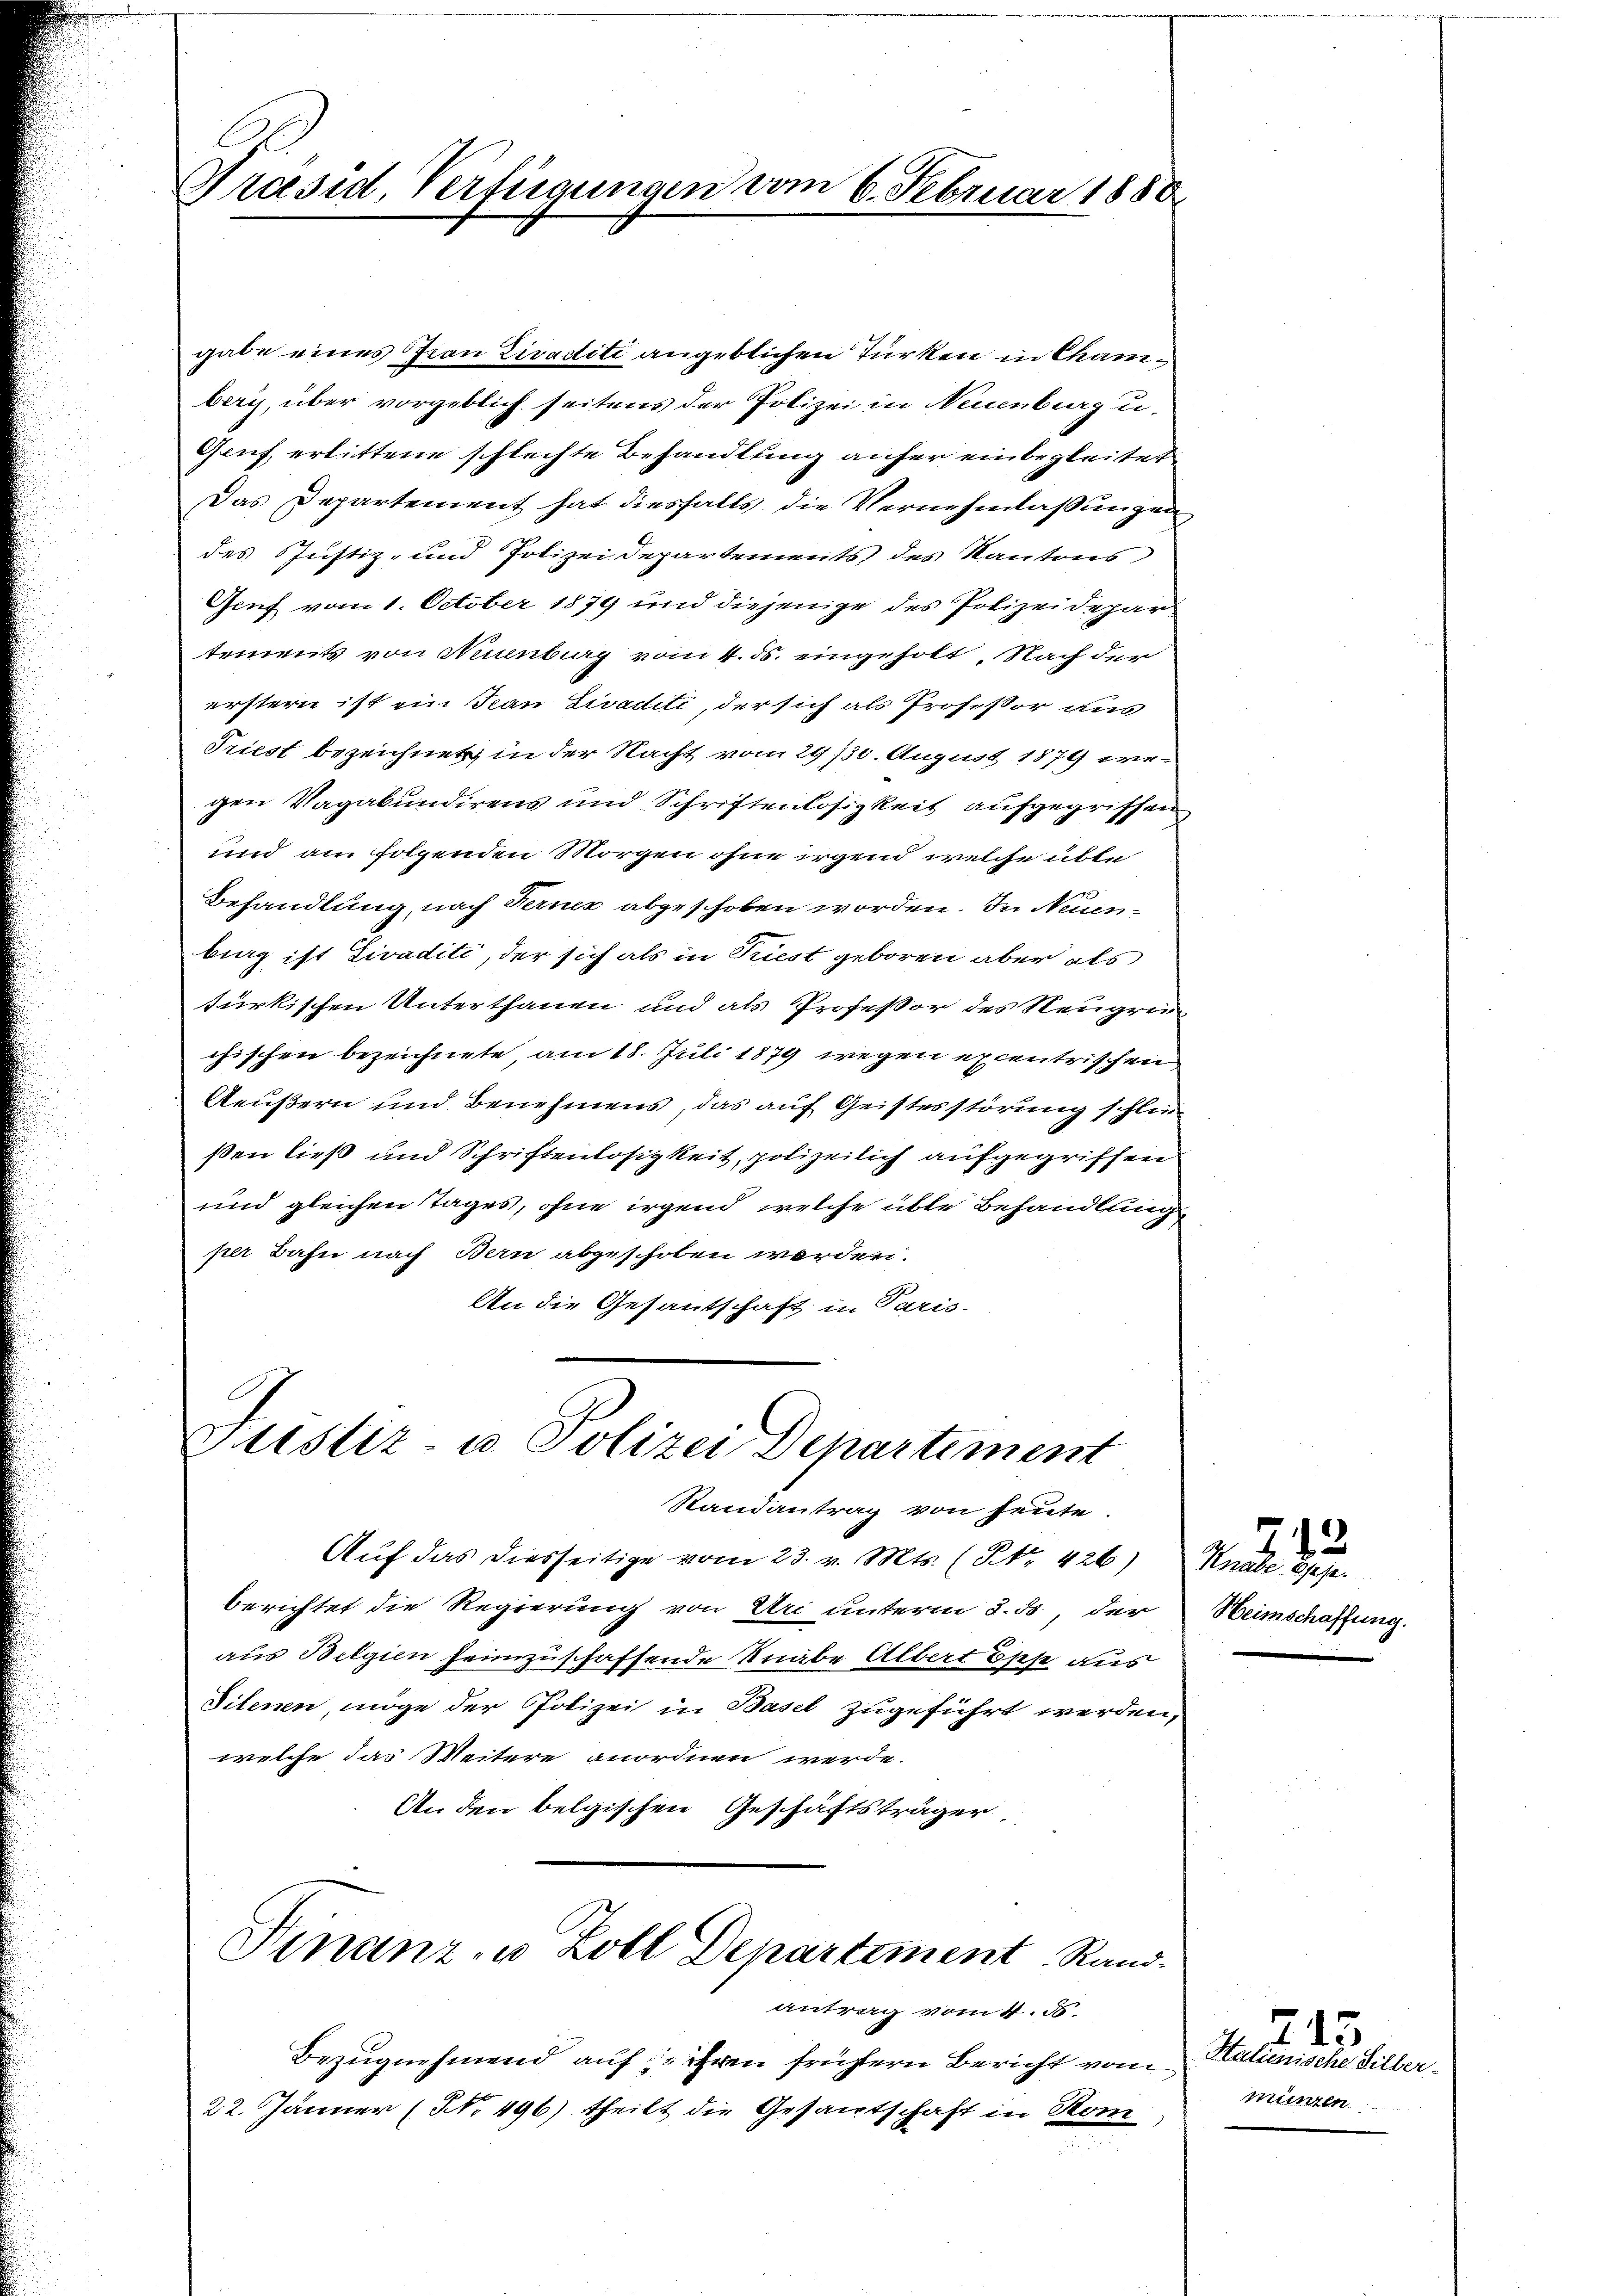
Präsid, Verfügungen vom 6. Februar 1888

gabe eines Frau Ziraditi angeblichen Türken in Chamberg, über vorgeblich seitens der Polizei in Neuenburgu-
Gruf erlittene schlechte Behandlung anfer einbegleitet
Das Departement hat diesfalls, die Vernehmlassungen
des Justiz- und Polizei Departements des Kantons
Genf vom 1. October 1879 und diejenige des Polizeidepartements von Neuenburg vom 4. ds. eingeholt. Nach der
erstern ist ein Jean Sivaditi, der sich als Professor aus
Triest bezeichnet in der Nacht vom 29./30. August 1879 wegen Vagabundirens und Schriftenlosigkeit aufgegriffen
und am folgenden Morgen ohne irgend welche übte
Behandlung, nach Fernes abgeschoben worden. In Neuenburg ist Tivaditi, der sich als in Priest geboren aber als
türkischen Unterthanen und als Professor des Neugriechischen bezeichnete, am 18. Juli 1879 wegen excentrischen
Aeußern und Benehmens, das auf Geistesstörung schlie
ßen ließ und Schriftenlosigkeit, polizeilich aufgegriffen
und gleichen Tages, ohne irgend welche üble Behandlung
per Bahn nach Bern abgeschoben werden.
An die Gesantschaft in Paris-

Justiz- u. Polizei Departiment
Randantrag von heute.

Auf das diesseitige vom 23. v. Mts. (Nr. 426)
berichtet die Regierung von Uri unterm 3. ds., der Heimschaffung.
aus Belgien heimzuschaffende Knabe Albert Esche aus
Ditenen möge der Polizei in Basel zugeführt werden,
welche das Weitere anordnen werde.
An den belgischen Geschäftsträger

Finanz- u. Zoll Departement Rand-

antrag vom 4. d.

Bezugnehmend auf ihren frühern Bericht vom
22. Jänner (N. 496) theilt die Gesantschaft in Kom

243
Knabe Spese.

Italienische Silber-
münzen

215